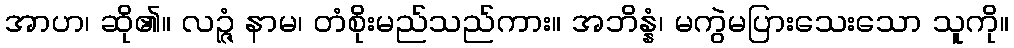
အာဟ၊ ဆို၏။ လဉ္ဇံ နာမ၊ တံစိုးမည်သည်ကား။ အဘိန္နံ၊ မကွဲမပြားသေးသော သူကို။